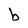
Character: b